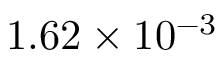
1 . 6 2 \times 1 0 ^ { - 3 }